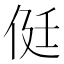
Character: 侹